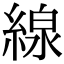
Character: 線